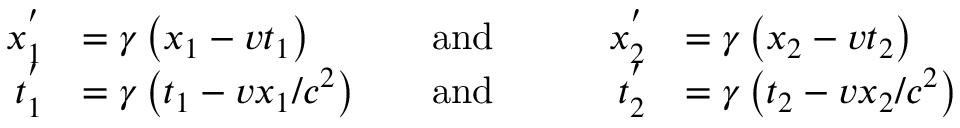
{ \begin{array} { r l r l r l } { x _ { 1 } ^ { ' } } & { = \gamma \left( x _ { 1 } - v t _ { 1 } \right) } & { \quad \mathrm { a n d } \quad } & { } & { x _ { 2 } ^ { ' } } & { = \gamma \left( x _ { 2 } - v t _ { 2 } \right) } \\ { t _ { 1 } ^ { ' } } & { = \gamma \left( t _ { 1 } - v x _ { 1 } / c ^ { 2 } \right) } & { \quad \mathrm { a n d } \quad } & { } & { t _ { 2 } ^ { ' } } & { = \gamma \left( t _ { 2 } - v x _ { 2 } / c ^ { 2 } \right) } \end{array} }